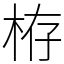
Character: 栫